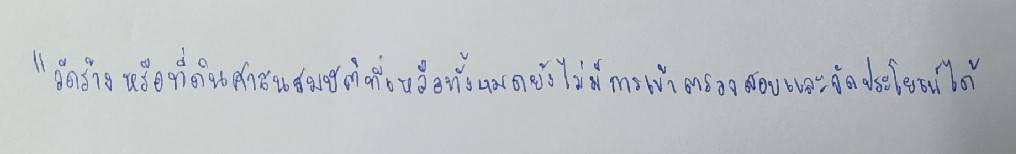
"วัดร้างหรือที่ดินศาสนสมบัติที่เหลือทั้งหมดยังไม่มีการเข้าตรวจสอบและจัดประโยชน์ได้